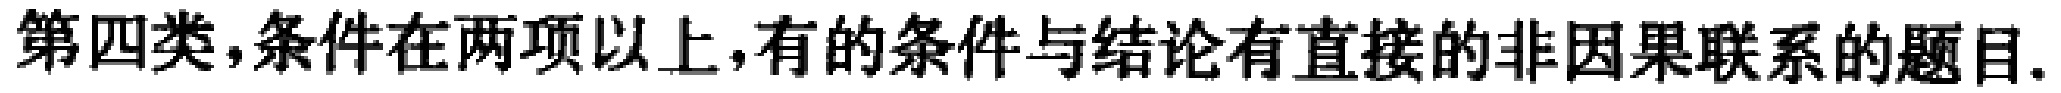
第四类,条件在两项以上,有的条件与结论有直接的非因果联系的题目.